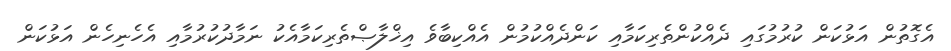
އެގޮތުން އަޅުކަން ކުރުމުގައި ދެއްކުންތެރިކަމާއި ކަންދެއްކުމުން އެއްކިބާވެ އިޚްލާޞްތެރިކަމާއެކު ނަމާދުކުރުމާއި އެހެނިހެން އަޅުކަން